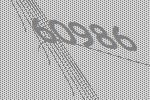
60986